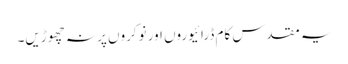
یہ مقدس کام ڈرائیوروں اور نوکروں پر نہ چھوڑیں۔